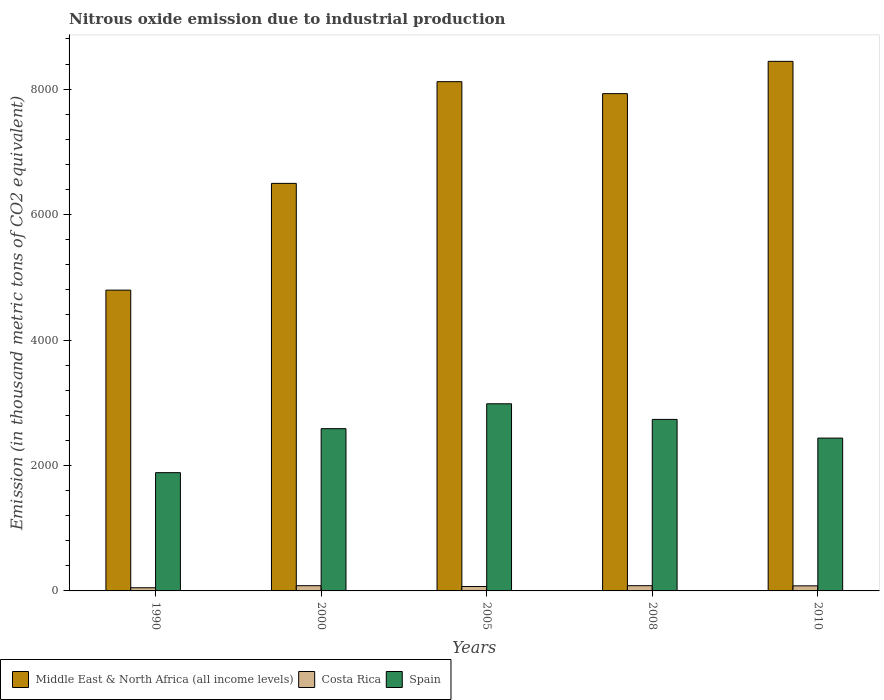
| Years | Middle East & North Africa (all income levels) | Costa Rica | Spain |
 | --- | --- | --- | --- |
 | 1990 | 4.8e+03 | 50.5 | 1.89e+03 |
 | 2000 | 6.5e+03 | 83.4 | 2.59e+03 |
 | 2005 | 8.12e+03 | 70.7 | 2.98e+03 |
 | 2008 | 7.93e+03 | 83.4 | 2.73e+03 |
 | 2010 | 8.44e+03 | 80.8 | 2.44e+03 |